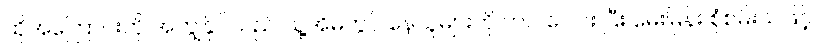
ထိုအကြောင်းကို အကျွန်ုပ်သည် သူ့အိမ်တွင် နေသူများကို ကပ် ပေါင်း ပြီး မေးမြန်း စုံစမ်းသဖြင့်